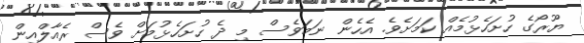
ޔޫރޯގެ ހުށަހެޅުމެއް ކަމަށެވެ. އެހެން ނަމަވެސް މި ދެ ހުށަހެޅުމަށް ވެސް ރެއާލްއިން